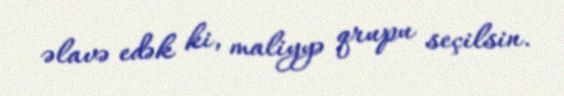
əlavə edək ki, maliyyə qrupu seçilsin.